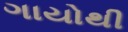
ગાયોથી